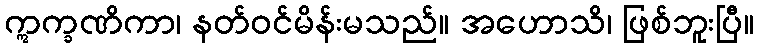
ဣက္ခဏိကာ၊ နတ်ဝင်မိန်းမသည်။ အဟောသိ၊ ဖြစ်ဘူးပြီ။